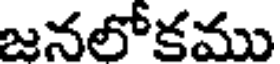
జనలోకము